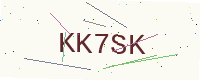
Text: KK7SK